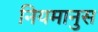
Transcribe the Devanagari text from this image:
नियमानुस